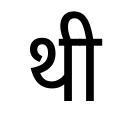
OCR:
थी